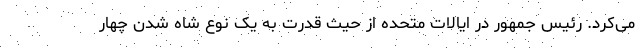
می‌کرد. رئیس جمهور در ایالات متحده از حیث قدرت به یک نوع شاه شدن چهار